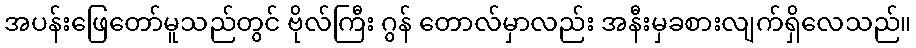
အပန်းဖြေတော်မူသည်တွင် ဗိုလ်ကြီး ဂွန် တောလ်မှာလည်း အနီးမှခစားလျက်ရှိလေသည်။